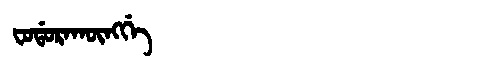
Manchu: ᠸᠣᡩᠣᡵᠠᡴᡡᠩᡤᡝ
Romanization: FODORAKŪNGGE